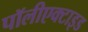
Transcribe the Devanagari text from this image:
पॉलीएक्टाइड